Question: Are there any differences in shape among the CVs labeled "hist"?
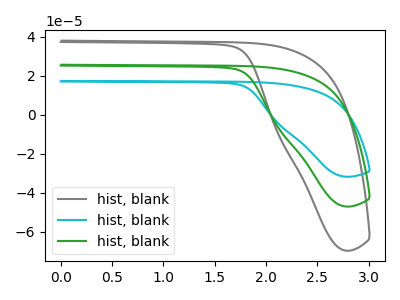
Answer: <think>The gray curve "hist, blank1" has no peaks. The cyan curve "hist, blank2" has no peaks. The green curve "hist, blank3" has no peaks.
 Neither "hist, blank1" or "hist, blank2" have any peaks. Neither "hist, blank1" or "hist, blank3" have any peaks. Neither "hist, blank2" or "hist, blank3" have any peaks.</think>
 <answer>All the CV's of "hist" have similar shape.</answer>
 <eval>follow_rule</eval>